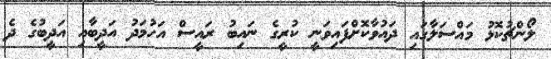
ލޯންޗުކޮޅު މައްސަލާގައި ދައުވާކޮށްފައިވަނީ ކުރީގެ ނައިބު ރައީސް އަހުމަދު އަދީބާއި އަދީބުގެ ދެ